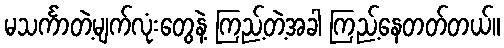
မသင်္ကာတဲ့မျက်လုံးတွေနဲ့ ကြည့်တဲ့အခါ ကြည့်နေတတ်တယ်။